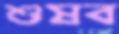
শুষব